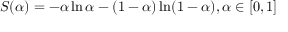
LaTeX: S ( \alpha ) = - \alpha \ln \alpha - ( 1 - \alpha ) \ln ( 1 - \alpha ) , \alpha \in [ 0 , 1 ]